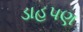
ડાહપણ